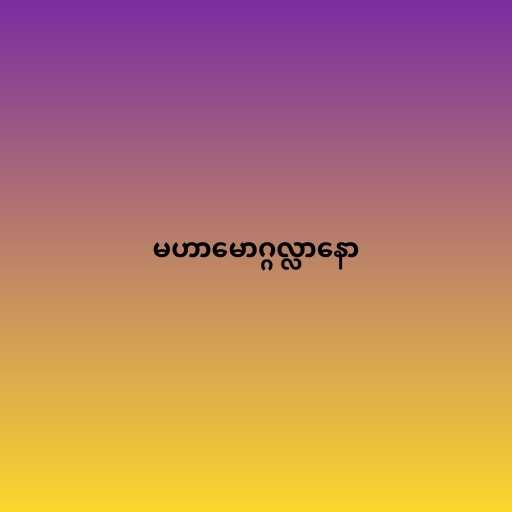
မဟာမောဂ္ဂလ္လာနော